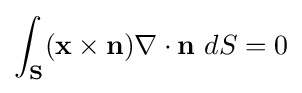
\int _{\mathbf {S} }(\mathbf {x} \times \mathbf {n} )\nabla \cdot \mathbf {n} \ dS=0